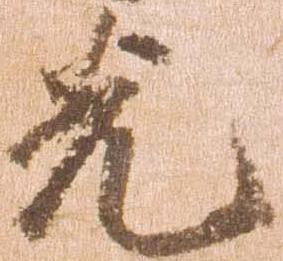
先